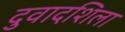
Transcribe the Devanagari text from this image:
दुवादशिला